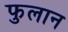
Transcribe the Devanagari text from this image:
फुलान